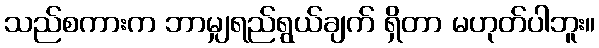
သည်စကားက ဘာမျှရည်ရွယ်ချက် ရှိတာ မဟုတ်ပါဘူး။